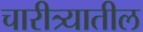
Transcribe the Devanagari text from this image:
चारीत्र्यातील